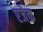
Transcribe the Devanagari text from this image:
एजेक